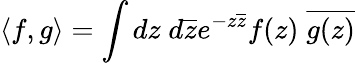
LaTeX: \langle f,g\rangle=\int dz\; d\overline{{{z}}}e^{-z\overline{{{z}}}}f(z)\; \overline{{{g(z)}}}